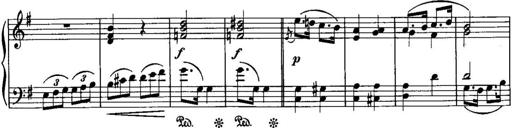
Title: Piano Sonatina No.1, Op.146
Composer: Stephen Heller